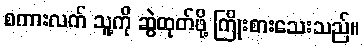
စကားလက် သူ့ကို ဆွဲထုတ်ဖို့ ကြိုးစားသေးသည်။